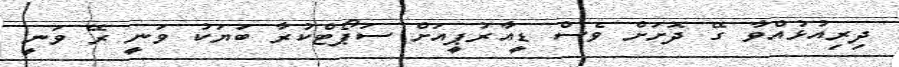
ދިރިއުޅުއްވާ ގޭ ދޮށަށް ވެސް ޑީއާރުޕީއަށް ސަޕޯޓްކުރާ ބަޔަކު ވަނީ ރޭ ވަނީ